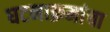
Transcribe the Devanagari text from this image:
घटनाक्रमांचा